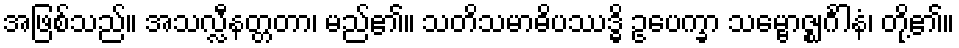
အဖြစ်သည်။ အသလ္လီနတ္တတာ၊ မည်၏။ သတိသမာဓိပဿဒ္ဓိ ဥပေက္ခာ သမ္ဗောဇ္ဈင်္ဂါနံ၊ တို့၏။